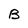
Character: B